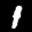
Label: 1